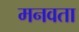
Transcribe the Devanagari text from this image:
मनवता